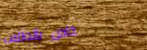
خاص بالطلاب